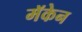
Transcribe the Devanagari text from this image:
मॅकेन